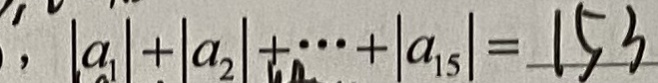
, \vert a _ { 1 } \vert + \vert a _ { 2 } \vert + \cdots + \vert a _ { 1 5 } \vert = 1 5 3